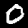
Label: 0